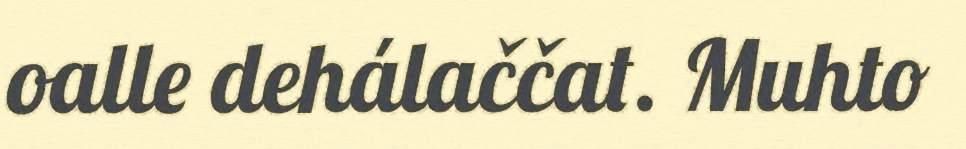
oalle dehálaččat. Muhto